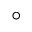
^ \circ